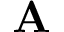
\bf { A }